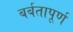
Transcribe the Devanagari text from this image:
बर्बतापूर्ण